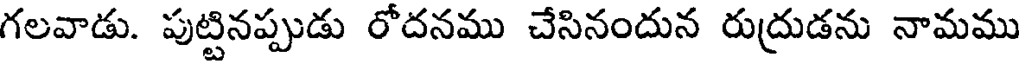
గలవాడు. పుట్టినప్పుడు రోదనము చేసినందున రుద్రుడను నామము